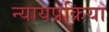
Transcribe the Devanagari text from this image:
न्यायप्रक्रिया